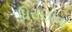
ધિરાણોના